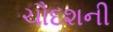
ચૌદશની